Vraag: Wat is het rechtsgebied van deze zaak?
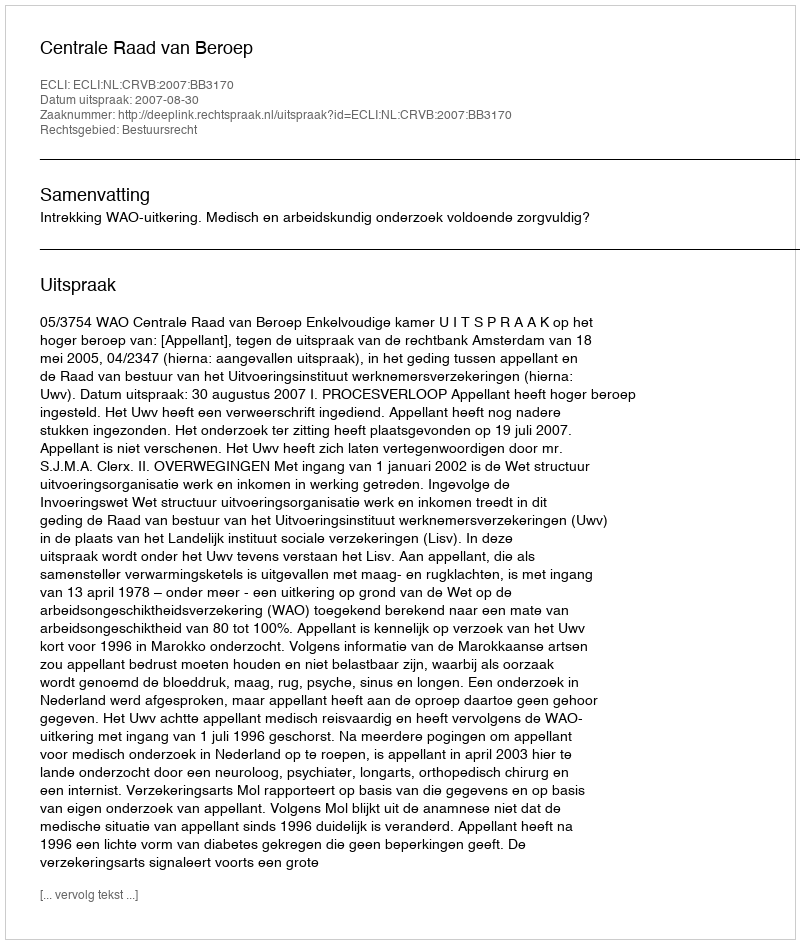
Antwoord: Bestuursrecht